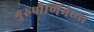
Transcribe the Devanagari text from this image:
गुरुपौर्णिमेच्या